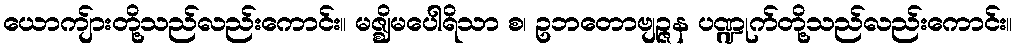
ယောကျ်ားတို့သည်လည်းကောင်း။ မဇ္ဈိမပေါရိသာ စ၊ ဥဘတောဗျဉ္ဇန ပဏ္ဍုက်တို့သည်လည်းကောင်း။